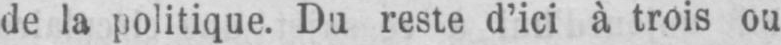
de la politique. Du reste d’ici à trois ou